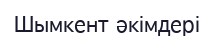
Шымкент әкімдері